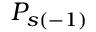
P _ { s ( - 1 ) }